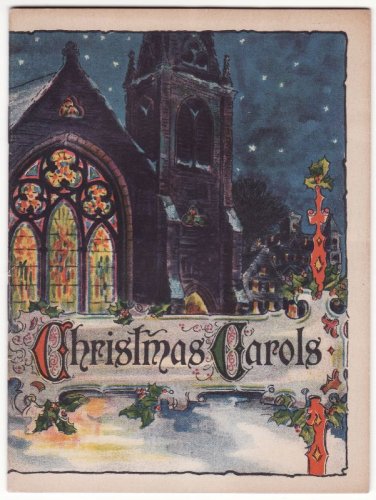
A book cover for John Hancock Life Insurance Christmas Carols Booklet; John Hancock Life Insurance Company; Business & Money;